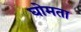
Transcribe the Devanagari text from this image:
घोमता